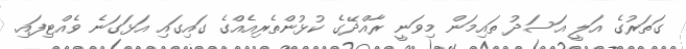
ގަތަރުގެ އަލީ އަސަދު ތައިމަން މިވަނީ ރާއްޛޭގެ ކުޅުންތެރިއެއްގެ ގައިގައި އަޅަގަނެ ވެއްޓިފައި.